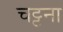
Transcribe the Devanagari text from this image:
चट्टना